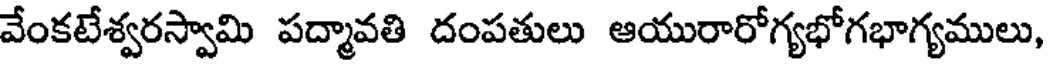
వేంకటేశ్వరస్వామి పద్మావతి దంపతులు ఆయురారోగ్యభోగభాగ్యములు,